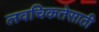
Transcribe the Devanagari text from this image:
लवचिकतेसाठी